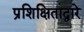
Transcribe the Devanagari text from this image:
प्रशिक्षिताद्वारे